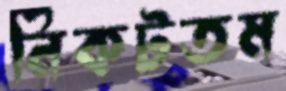
নিকটতম